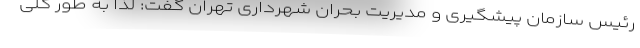
رئیس سازمان پیشگیری و مدیریت بحران شهرداری تهران گفت: لذا به طور کلی